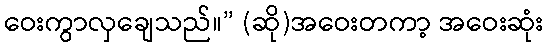
ဝေးကွာလှချေသည်။” (ဆို)အဝေးတကာ့ အဝေးဆုံး